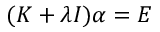
( \boldsymbol { K } + \lambda \boldsymbol { I } ) \boldsymbol { \alpha } = \boldsymbol { E }